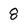
Character: 8